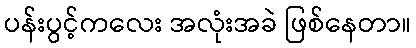
ပန်းပွင့်ကလေး အလုံးအခဲ ဖြစ်နေတာ။